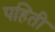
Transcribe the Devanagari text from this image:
पहिती